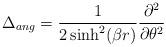
LaTeX: \begin{align*}\Delta_{ang} = \frac{1}{2\sinh^2(\beta r)}\frac{\partial^2}{\partial\theta^2}\end{align*}